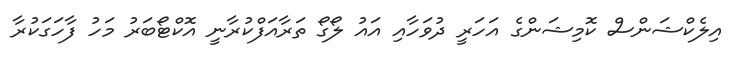
އިލެކްޝަންސް ކޮމިޝަންގެ އަހަރީ ދުވަހާއި އައު ލޯގޯ ތަރާއަފްކުރާނީ އޮކްޓޯބަރު މަހު ފާހަގަކުރާ